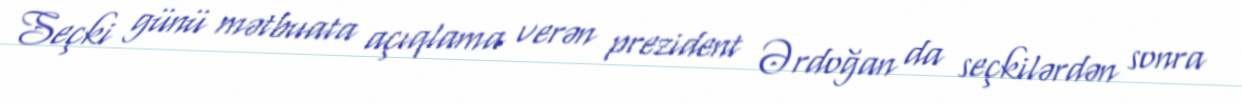
Seçki günü mətbuata açıqlama verən prezident Ərdoğan da seçkilərdən sonra